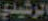
الرشيدي